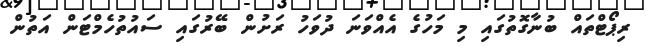
ރިޕޯޓްތައް ބުނާގޮތުގައި މި މަހުގެ އެއްވަނަ ދުވަހު ރަށުން ބޭރުގައި ސައުތުހެމްޓަން އަތުން